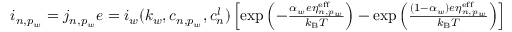
\begin{array} { r } { i _ { n , p _ { w } } = j _ { n , p _ { w } } e = i _ { w } ( k _ { w } , c _ { n , p _ { w } } , c _ { n } ^ { l } ) \left[ \mathrm { e x p } \left( - \frac { \alpha _ { w } e \eta _ { n , p _ { w } } ^ { \mathrm { e f f } } } { k _ { \mathrm { B } } T } \right) - \mathrm { e x p } \left( \frac { ( 1 - \alpha _ { w } ) e \eta _ { n , p _ { w } } ^ { \mathrm { e f f } } } { k _ { \mathrm { B } } T } \right) \right] } \end{array}